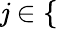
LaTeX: \mathit{j}\in\{